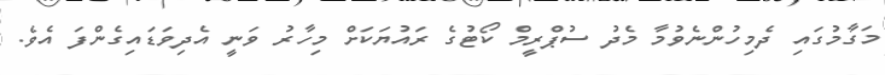
މަގާމުގައި ދެމިހުންނެވުމާ މެދު ސުޕްރީމް ކޯޓުގެ ރައުޔަކަށް މިހާރު ވަނީ އެދިވަޑައިގެންފަ އެވެ.